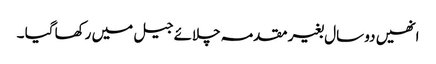
انھیں دو سال بغیر مقدمہ چلائے جیل میں رکھا گیا ۔